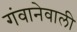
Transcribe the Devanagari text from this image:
गंवानेवाली